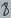
Text: 8